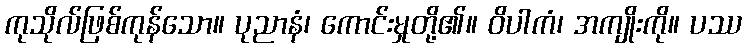
ကုသိုလ်ဖြစ်ကုန်သော။ ပုညာနံ၊ ကောင်းမှုတို့၏။ ဝိပါကံ၊ အကျိုးကို။ ပဿ